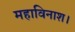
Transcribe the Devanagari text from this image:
महाविनाश।